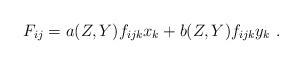
LaTeX: \begin{align*}F_{ij}= a(Z,Y) f_{ijk}x_k+ b(Z,Y) f_{ijk}y_k \ . \end{align*}